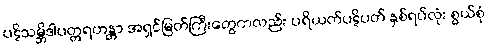
ပဋိသမ္ဘိဒါပတ္တရဟန္တာ အရှင်မြတ်ကြီးတွေကလည်း ပရိယတ်ပဋိပတ် နှစ်ရပ်လုံး စွယ်စုံ